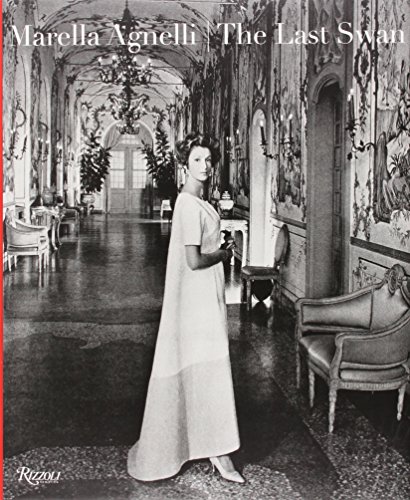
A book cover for Marella Agnelli: The Last Swan; Marella Agnelli; Biographies & Memoirs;